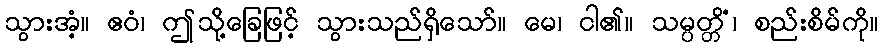
သွားအံ့။ ဧဝံ၊ ဤသို့ခြေဖြင့် သွားသည်ရှိသော်။ မေ၊ ငါ၏။ သမ္ပတ္တိံ၊ စည်းစိမ်ကို။